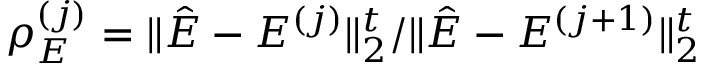
\rho _ { E } ^ { ( j ) } = { \| \hat { E } - E ^ { ( j ) } \| _ { 2 } ^ { t } } / { \| \hat { E } - E ^ { ( j + 1 ) } \| _ { 2 } ^ { t } }